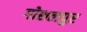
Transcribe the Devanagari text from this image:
गोशलपुर